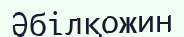
Әбілқожин